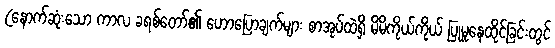
(နောက်ဆုံးသော ကာလ ခရစ်တော်၏ ဟောပြောချက်များ စာအုပ်ထဲရှိ မိမိကိုယ်ကိုယ် ပြုမူနေထိုင်ခြင်းတွင်